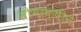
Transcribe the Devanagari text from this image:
सोनाक्षीने